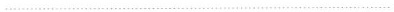
…………